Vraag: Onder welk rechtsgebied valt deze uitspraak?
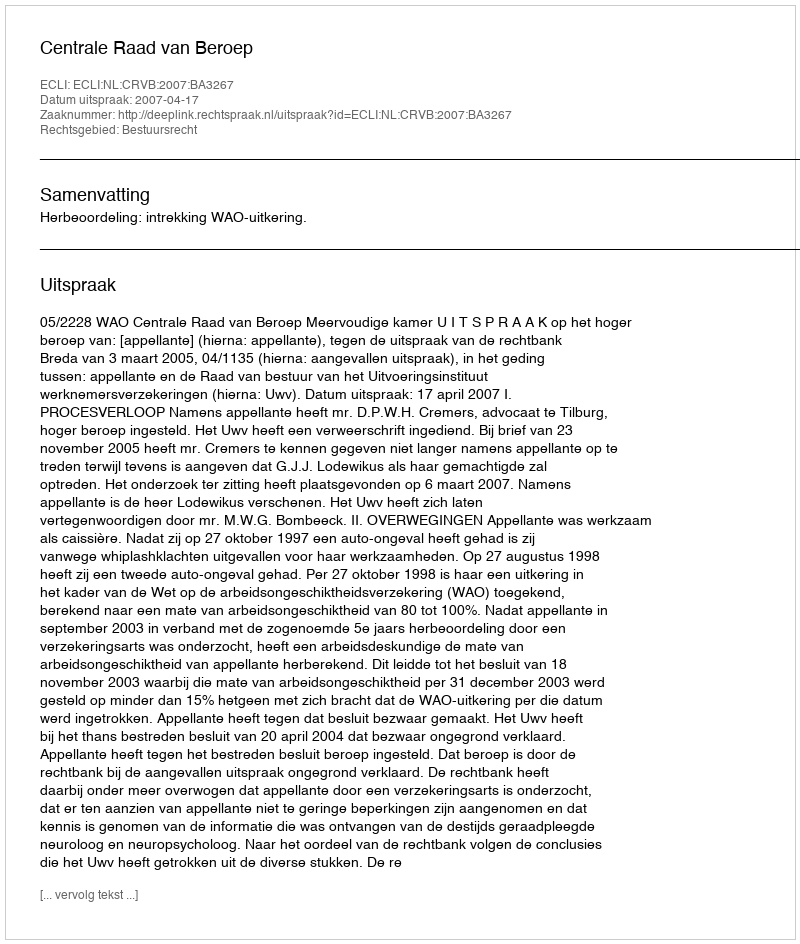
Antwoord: Bestuursrecht